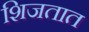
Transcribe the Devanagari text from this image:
शिजतात